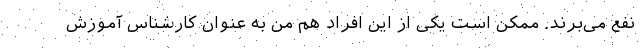
نفع می‌برند. ممکن است یکی از این افراد هم من به عنوان کارشناس آموزش